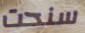
سنحت